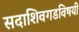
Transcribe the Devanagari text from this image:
सदाशिवगडविषयी